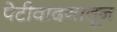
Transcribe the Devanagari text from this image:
पेटीवादनातून